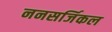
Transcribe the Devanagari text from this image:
ननसर्जिकल